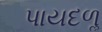
પાયદળૢ